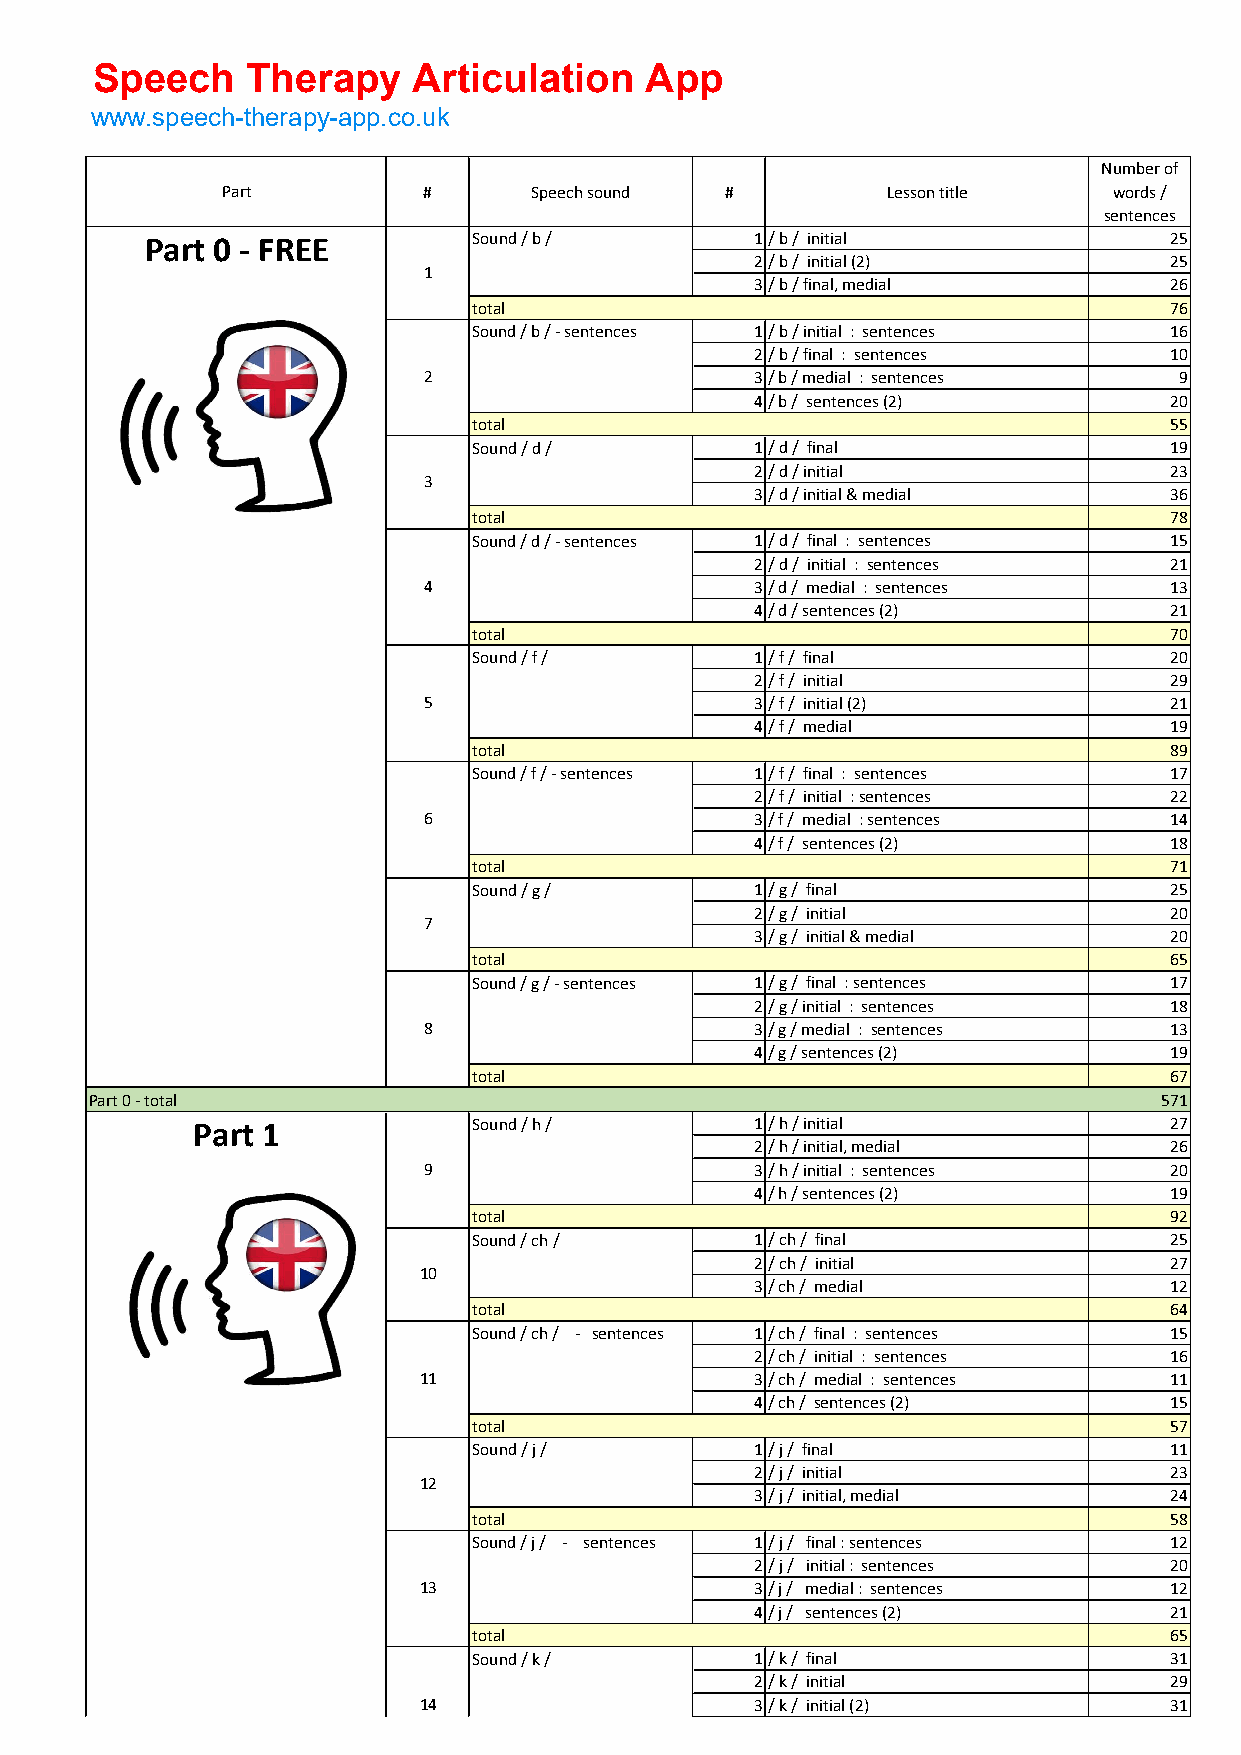
Speech    Therapy    Articulation    App
 www.speech-therapy-app.co.uk
 Number of
 Part         #      Speech sound #          Lesson title   words /
 sentences
 Part 0 - FREE        Sound / b /        1/ b / initial             25
 2/ b / initial (2)         25
 1
 3/ b / final, medial       26
 total                                         76
 Sound / b / - sentences 1/ b / initial : sentences 16
 2/ b / final : sentences   10
 2                     3/ b / medial : sentences   9
 4/ b / sentences (2)       20
 total                                         55
 Sound / d /        1/ d / final               19
 2/ d / initial             23
 3
 3/ d / initial & medial    36
 total                                         78
 Sound / d / - sentences 1/ d / final : sentences 15
 2/ d / initial : sentences 21
 4                     3/ d / medial : sentences  13
 4/ d / sentences (2)       21
 total                                         70
 Sound / f /        1/ f / final               20
 2/ f / initial             29
 5                     3/ f / initial (2)         21
 4/ f / medial              19
 total                                         89
 Sound / f / - sentences 1/ f / final : sentences 17
 2/ f / initial : sentences 22
 6                     3/ f / medial : sentences  14
 4/ f / sentences (2)       18
 total                                         71
 Sound / g /        1/ g / final               25
 2/ g / initial             20
 7
 3/ g / initial & medial    20
 total                                         65
 Sound / g / - sentences 1/ g / final : sentences 17
 2/ g / initial : sentences 18
 8                     3/ g / medial : sentences  13
 4/ g / sentences (2)       19
 total                                         67
 Part 0 - total                                                         571
 Part 1            Sound / h /        1/ h / initial             27
 2/ h / initial, medial     26
 9                     3/ h / initial : sentences 20
 4/ h / sentences (2)       19
 total                                         92
 Sound / ch /       1/ ch / final              25
 2/ ch / initial            27
 10
 3/ ch / medial             12
 total                                         64
 Sound / ch / - sentences 1/ ch / final : sentences 15
 2/ ch / initial : sentences 16
 11                    3/ ch / medial : sentences 11
 4/ ch / sentences (2)      15
 total                                         57
 Sound / j /        1/ j / final               11
 2/ j / initial             23
 12
 3/ j / initial, medial     24
 total                                         58
 Sound / j / - sentences 1/ j / final : sentences 12
 2/ j / initial : sentences 20
 13                    3/ j / medial : sentences  12
 4/ j / sentences (2)       21
 total                                         65
 Sound / k /        1/ k / final               31
 2/ k / initial             29
 14                    3/ k / initial (2)         31